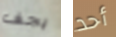
يجف أحد